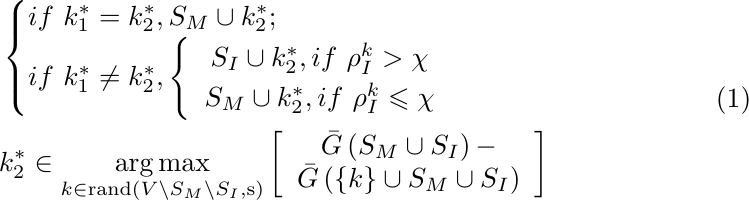
\begin{equation}
    \begin{aligned}
        &\begin{cases}
	if\,\,k_{1}^{*}=k_{2}^{*}, S_M\cup k_{2}^{*};\\
	if\,\,k_{1}^{*}\ne k_{2}^{*}, \left\{ \begin{array}{c}
	S_I\cup k_{2}^{*},if\,\,\rho _{I}^{k}>\chi\\
	S_M\cup k_{2}^{*},if\,\,\rho _{I}^{k}\leqslant \chi\\
\end{array} \right.\\
\end{cases}
\\
&k_{2}^{*}\in \underset{k\in \mathrm{rand}\left( V\backslash S_M\backslash S_I,\mathrm{s} \right)}{\mathrm{arg}\max}\left[ \begin{array}{c}
	\bar{G}\left( S_M\cup S_I \right) -\\
	\bar{G}\left( \left\{ k \right\} \cup S_M\cup S_I \right)\\
\end{array} \right]
    \end{aligned}
    \label{eq:select uni-client}
\end{equation}